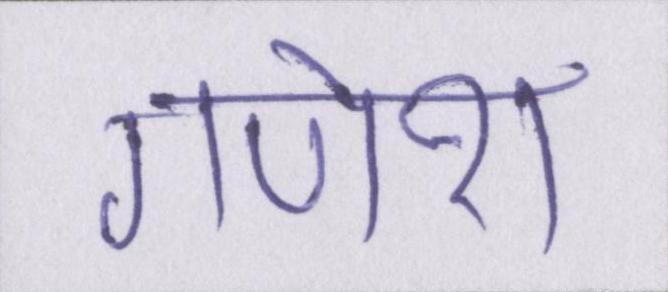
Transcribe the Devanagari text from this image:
गणेश